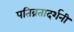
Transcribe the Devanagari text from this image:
पतिव्रतादर्शनी